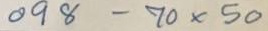
098 - 70 x 50